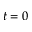
t = 0